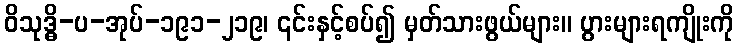
ဝိသုဒ္ဓိ-ပ-အုပ်-၁၉၁-၂၁၉၊ ၎င်းနှင့်စပ်၍ မှတ်သားဖွယ်များ။ ပွားများရကျိုးကို